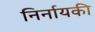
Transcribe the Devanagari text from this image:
निर्नायकी